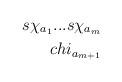
LaTeX: \begin{align*}s\chi_{a_{1}}...s\chi_{a_{m}}\\chi_{a_{m+1}}\end{align*}